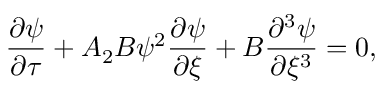
\frac { \partial \psi } { \partial \tau } + A _ { 2 } B \psi ^ { 2 } \frac { \partial \psi } { \partial \xi } + B \frac { \partial ^ { 3 } \psi } { \partial \xi ^ { 3 } } = 0 ,